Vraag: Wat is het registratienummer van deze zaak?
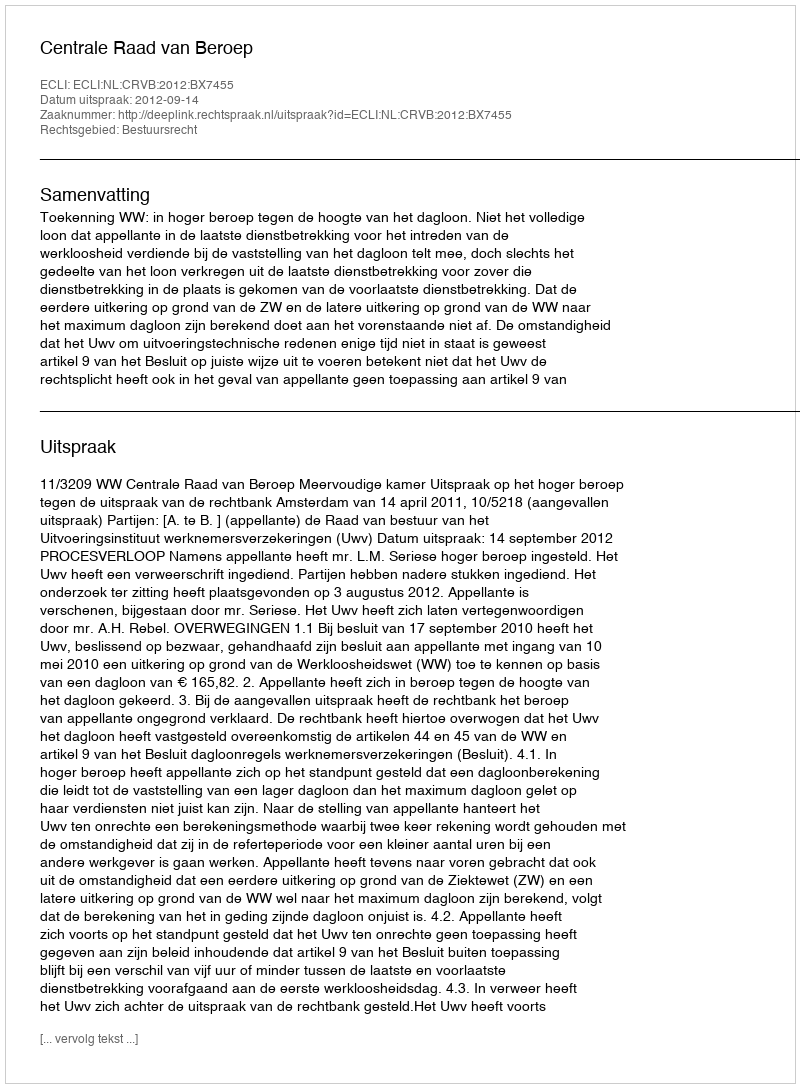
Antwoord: http://deeplink.rechtspraak.nl/uitspraak?id=ECLI:NL:CRVB:2012:BX7455